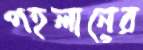
পহলানের